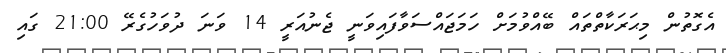
އެގޮތުން މިޙަރަކާތްތައް ބޭއްވުމަށް ހަމަޖައްސަވާފައިވަނީ ޖެނުއަރީ 14 ވަނަ ދުވަހުގެރޭ 21:00 ގައި